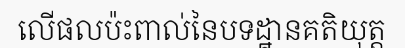
លើផលប៉ះពាល់នៃបទដ្ឋានគតិយុត្ត